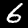
Digit: 6